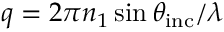
q = 2 \pi n _ { 1 } \sin \theta _ { \mathrm { i n c } } / \lambda